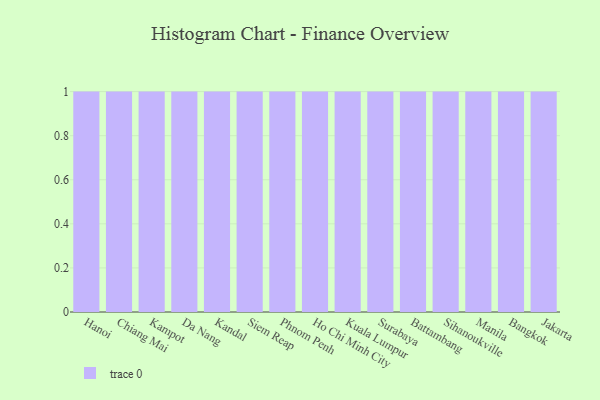
{"axis": {"x": "City", "y": "Churn Rate (%)"}, "legend": [""], "data": [{"x": "Hanoi", "y": 59, "type": ""}, {"x": "Chiang Mai", "y": 93, "type": ""}, {"x": "Kampot", "y": 56, "type": ""}, {"x": "Da Nang", "y": 58, "type": ""}, {"x": "Kandal", "y": 45, "type": ""}, {"x": "Siem Reap", "y": 46, "type": ""}, {"x": "Phnom Penh", "y": 91, "type": ""}, {"x": "Ho Chi Minh City", "y": 48, "type": ""}, {"x": "Kuala Lumpur", "y": 85, "type": ""}, {"x": "Surabaya", "y": 48, "type": ""}, {"x": "Battambang", "y": 21, "type": ""}, {"x": "Sihanoukville", "y": 79, "type": ""}, {"x": "Manila", "y": 53, "type": ""}, {"x": "Bangkok", "y": 87, "type": ""}, {"x": "Jakarta", "y": 43, "type": ""}]}